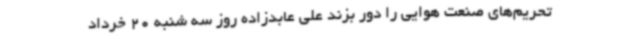
تحریم‌های صنعت هوایی را دور بزند علی عابدزاده روز سه شنبه 20 خرداد